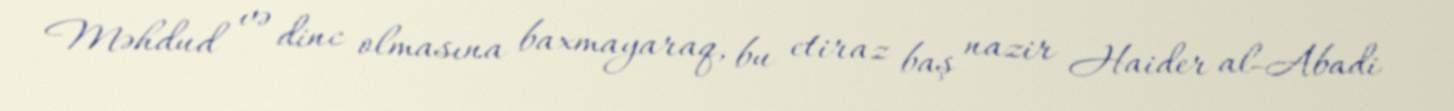
Məhdud və dinc olmasına baxmayaraq, bu etiraz baş nazir Haider al-Abadi